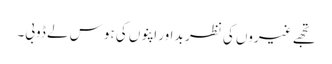
تجھے غیروں کی نظرِ بد اور اپنوں کی ہوس لے ڈوبی۔